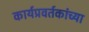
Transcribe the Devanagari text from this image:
कार्यप्रवर्तकांच्या